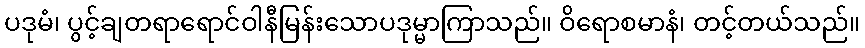
ပဒုမံ၊ ပွင့်ချတရာရောင်ဝါနီမြန်းသောပဒုမ္မာကြာသည်။ ဝိရောစမာနံ၊ တင့်တယ်သည်။